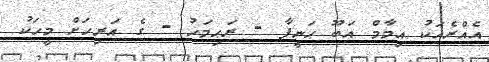
އެއްރެއަކު އިމާމް އަބޫ ޙަނީފާ - ރަޙިމަހު - ގެ އަރިހަށް މީހަކު